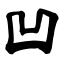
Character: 凹